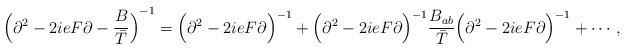
LaTeX: \begin{align*}{\Bigl(\partial^2 -2ieF\partial-{B\over\bar T} \Bigl)}^{-1}= {\Bigl(\partial^2 -2ieF\partial\Bigr)}^{-1}+{\Bigl(\partial^2 -2ieF\partial\Bigr)}^{-1}{B_{ab}\over \bar T}{\Bigl(\partial^2 -2ieF\partial\Bigr)}^{-1}+\cdots,\end{align*}